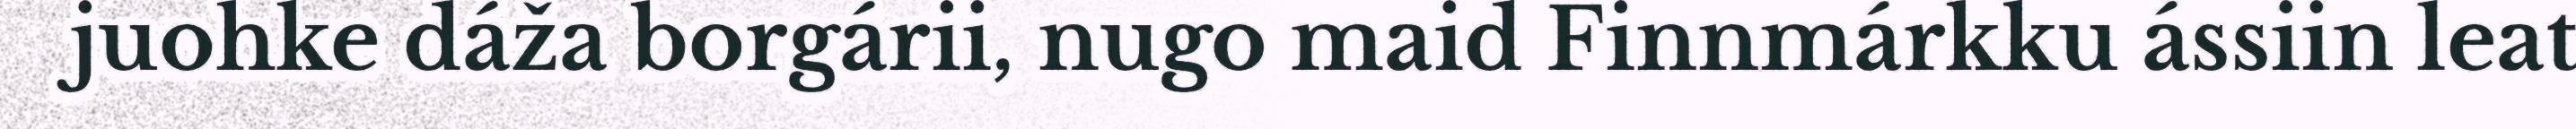
juohke dáža borgárii, nugo maid Finnmárkku ássiin leat